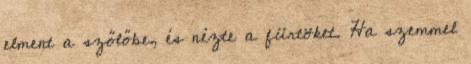
elment a szőlőbe, és nézte a fürtöket. Ha szemmel